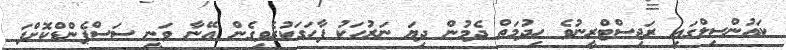
ކައުންސިލްގައި ރަޖިސްޓްރީނުވެ ހިދުމަތް ދެމުން ދިޔަ ނަރުހަކު ފާހަގަކުރެވިގެން އޭނާ ވަނީ ސަސްޕެންޑްކޮށްފަ